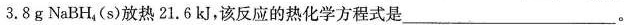
3.8g NaBH_{4}(s)放热21.6kJ，该反应的热化学方程式是___。